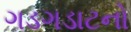
ગડગડાટનો